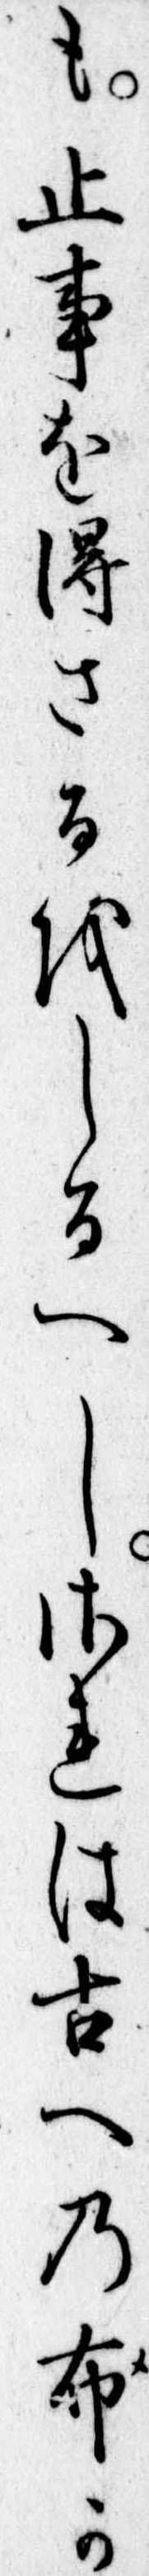
も止事を得さるをしるへしされは古への布か